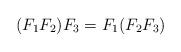
LaTeX: \begin{align*}(F_1 F_2)F_3=F_1 (F_2 F_3) \end{align*}